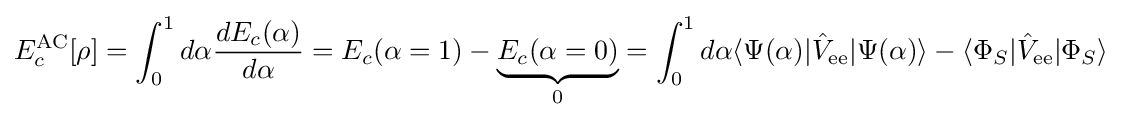
E_{c}^{\text{AC}}[\rho ]=\int _{0}^{1}d\alpha {\frac {dE_{c}(\alpha )}{d\alpha }}=E_{c}(\alpha =1)-\underbrace {E_{c}(\alpha =0)} _{0}=\int _{0}^{1}d\alpha \langle \Psi (\alpha )|{\hat {V}}_{\text{ee}}|\Psi (\alpha )\rangle -\langle \Phi _{S}|{\hat {V}}_{\text{ee}}|\Phi _{S}\rangle